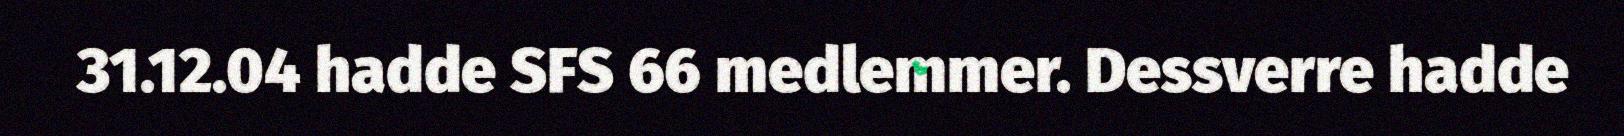
31.12.04 hadde SFS 66 medlemmer. Dessverre hadde